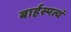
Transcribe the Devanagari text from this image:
बार्हस्पत्यं